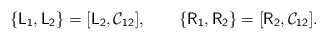
\begin{align*}\{\mathsf{L_1} , \mathsf{L_2} \} = [\mathsf{L_2} ,\mathsf{\mathcal{C}_{12}}], \qquad \{\mathsf{R_1} , \mathsf{R_2}\} = [\mathsf{R_2} , \mathsf{\mathcal{C}_{12}}].\end{align*}